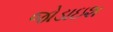
જોડાઇશ